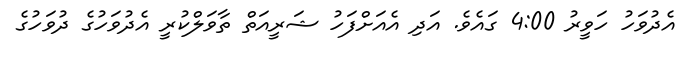
އެދުވަހު ހަވީރު 4:00 ގައެވެ. އަދި އެއަށްފަހު ޝަރީއަތް ތާވަލްކުރީ އެދުވަހުގެ ދުވަހުގެ